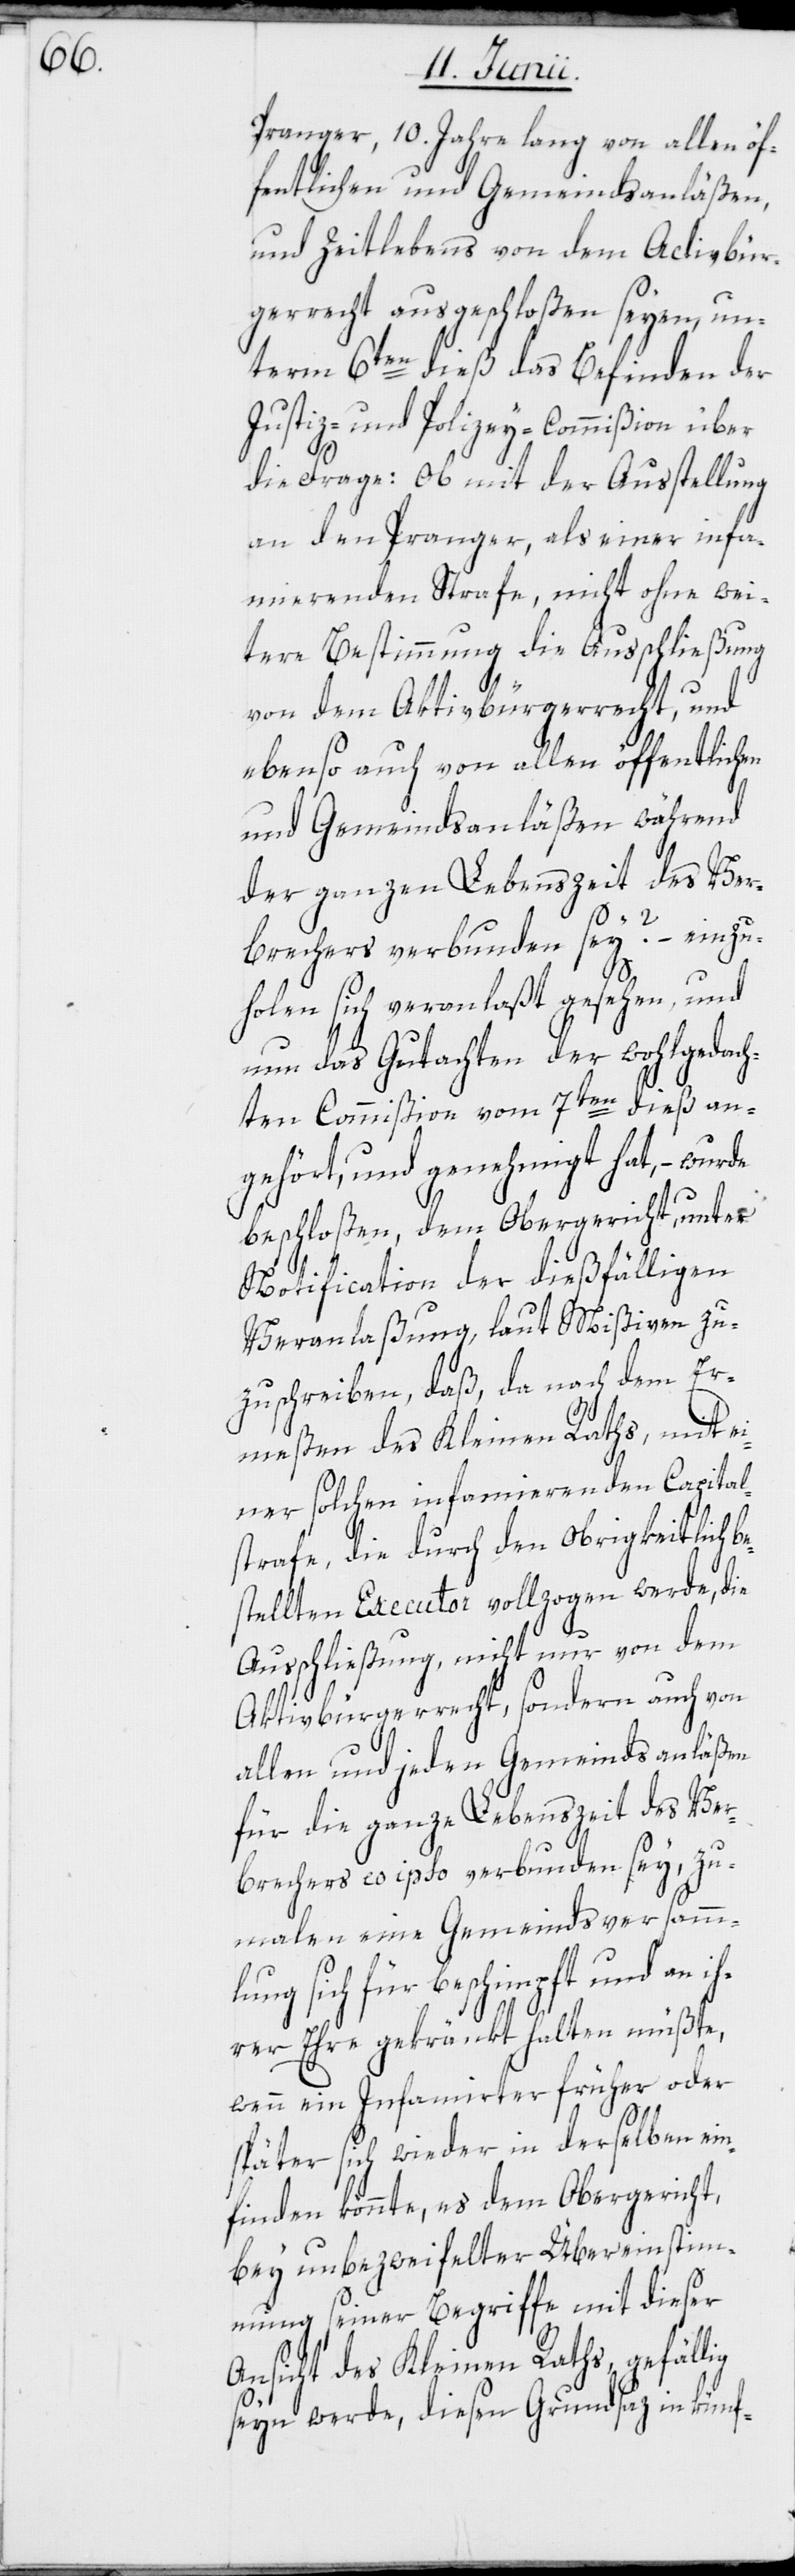
Pranger, 10. Jahre lang von allen öf¬
fentlichen und Gemeindsanläßen,
und Zeitlebens von dem Activbür¬
gerrecht ausgeschloßen seyen, un¬
term 6ten dieß das Befinden der
Justiz- und Polizey-Commißion über
die Frage: Ob mit der Ausstellung
an den Pranger, als einer infa¬
mierenden Strafe, nicht ohne wei¬
tere Bestimmung die Ausschließung
von dem Aktivbürgerrecht, und
ebenso auch von allen öffentlichen
und Gemeindsanläßen während
der ganzen Lebenszeit des Ver¬
brechers verbunden sey? – einzu¬
holen sich veranlaßt gesehen, und
nun das Gutachten der wohlgedach¬
ten Commißion vom 7ten dieß an¬
gehört, und genehmigt hat, – wurde
beschloßen, dem Obergericht, unter
Notification der dießfälligen
Veranlaßung, laut Mißiven zu¬
zuschreiben, daß, da nach dem Er¬
meßen des Kleinen Raths, mit ei¬
ner solchen infamierenden Capital¬
strafe, die durch den Obrigkeitlich b¬
estellten Executor vollzogen werde, die
Ausschließung, nicht nur von dem
Aktivbürgerrecht, sondern auch von
allen und jeden Gemeindsanläßen
für die ganze Lebenszeit des Ver¬
brechers eo ipso verbunden sey, zu¬
malen eine Gemeindsversamml¬
ung sich für beschimpft und an
ihrer Ehre gekränkt halten müßte,
wenn ein Infamirter früher oder
später sich wieder in derselben ein¬
finden könnte, es dem Obergericht,
bey unbezweifelter Übereinstim¬
mung seiner Begriffe mit dieser
Ansicht des Kleinen Raths, gefällig
seyn werde, diesen Grundsaz in künf-